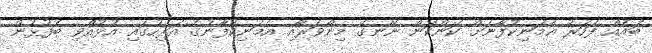
ބައެއް ފަހަރު އެމަނިކުފާނަށް ކަންކަން ނޭނގޭ މިންވަރާއި އެމަނިކުފާނުގެ އަރިހުގައި އުޅުއްވި ބެފުޅުން